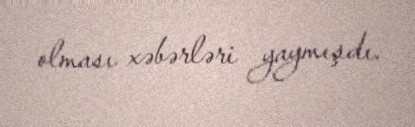
olması xəbərləri yaymışdı.